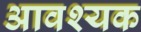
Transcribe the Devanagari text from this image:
अावश्यक